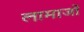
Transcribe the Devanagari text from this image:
लामाजों